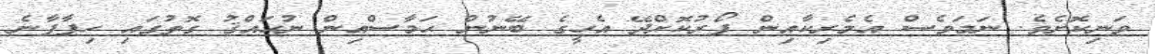
ވަނިކޮށެވެ. ނަމަވެސް އެމެރިކާއިން ފޯރުކޮށްދޭ އެހީގެ ބޭނުން ޙަމާސްއިން ނުހައްޤު ގޮތުގައި ހިފާފާނެ